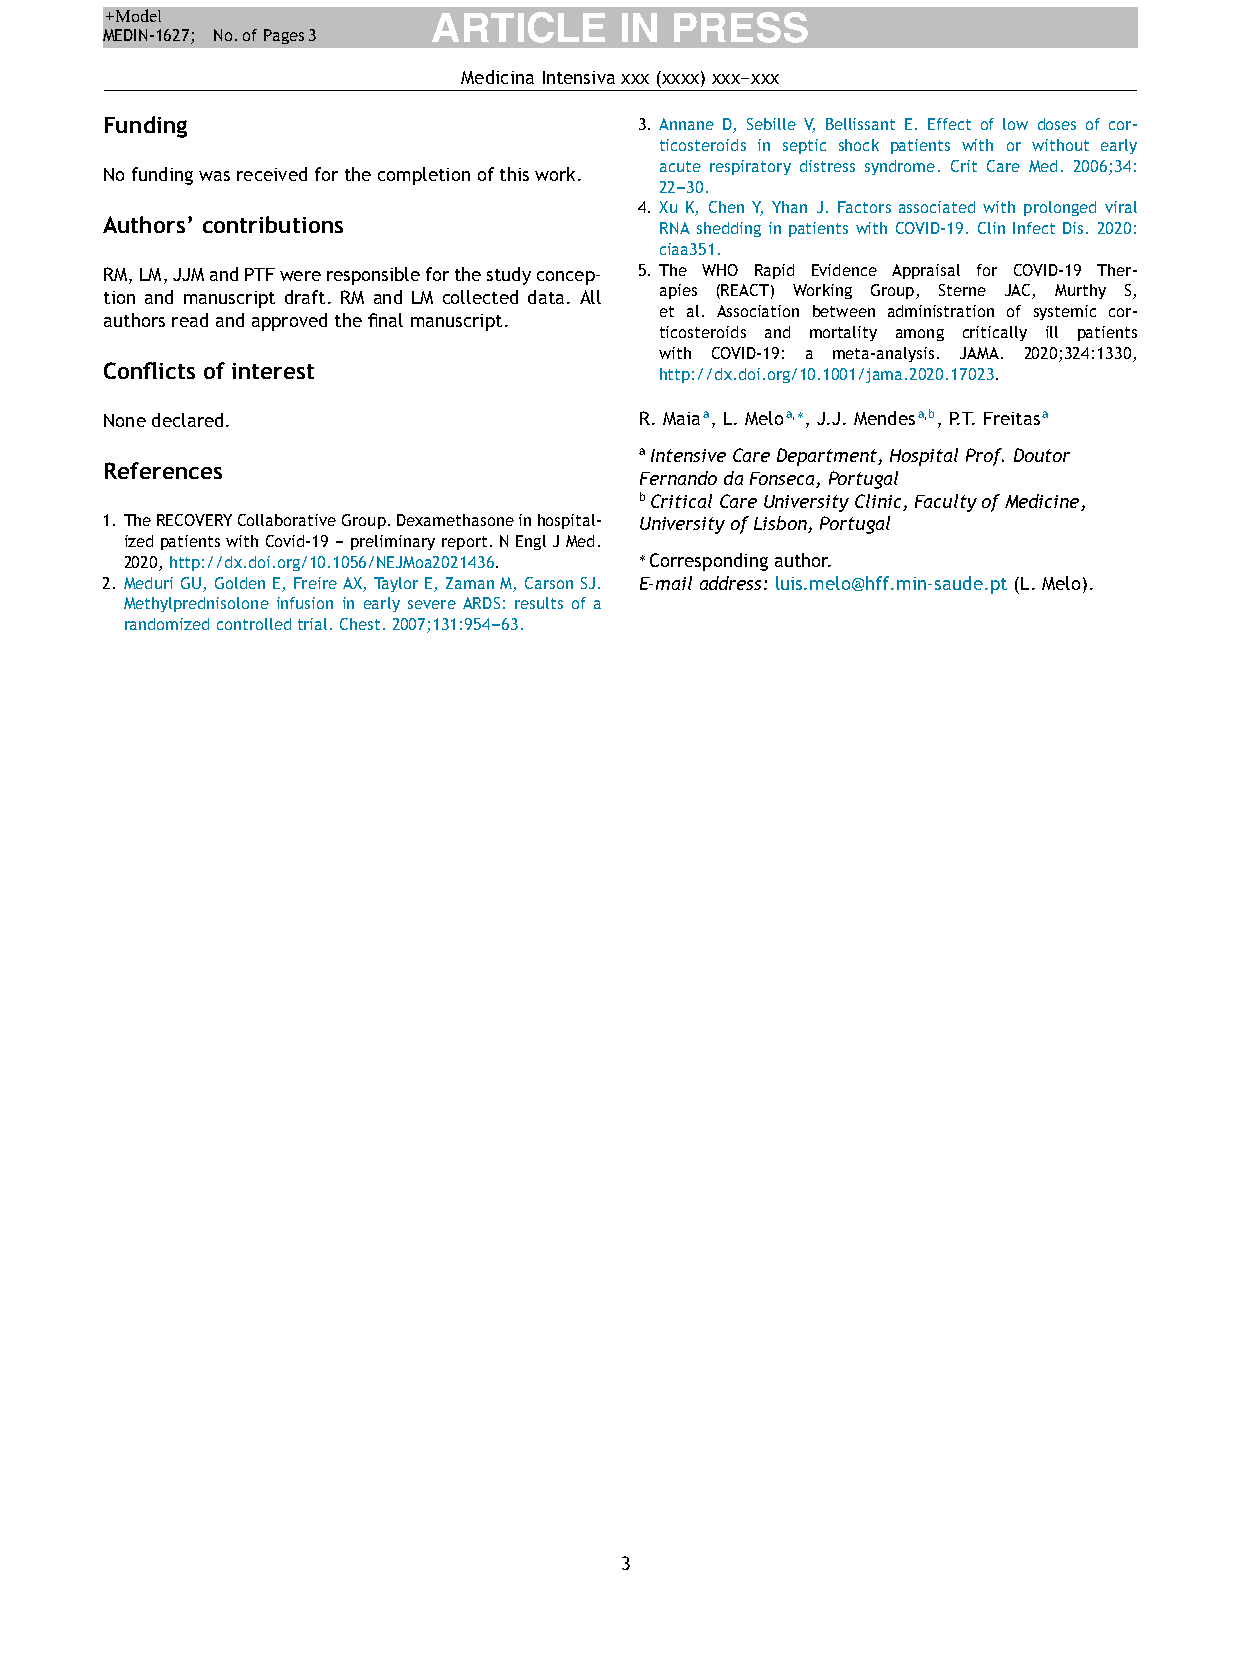
+Model                ARTICLE     IN  PRESS
 MEDIN-1627; No.of Pages3
 MedicinaIntensivaxxx(xxxx)xxx---xxx
 Funding                            3. Annane D, Sebille V, Bellissant E. Effect of low doses of cor-
 ticosteroids in septic shock patients with or without early
 acute respiratory distress syndrome. Crit Care Med. 2006;34:
 Nofundingwasreceivedforthecompletionofthiswork.
 22---30.
 4. Xu K, Chen Y, Yhan J. Factors associated with prolonged viral
 Authors’ contributions               RNA shedding in patients with COVID-19. Clin Infect Dis. 2020:
 ciaa351.
 RM,LM,JJMandPTFwereresponsibleforthestudyconcep- 5. The WHO Rapid Evidence Appraisal for COVID-19 Ther-
 tion and manuscript draft. RM and LM collected data. All apies (REACT) Working Group, Sterne JAC, Murthy S,
 et al. Association between administration of systemic cor-
 authorsreadandapprovedthefinalmanuscript.
 ticosteroids and mortality among critically ill patients
 with COVID-19: a meta-analysis. JAMA. 2020;324:1330,
 Conflicts of interest                http://dx.doi.org/10.1001/jama.2020.17023.
 Nonedeclared.
 R.Maiaa,L.Meloa,∗,J.J.Mendesa,b,P.T.Freitasa
 aIntensiveCareDepartment,HospitalProf.Doutor
 References
 FernandodaFonseca,Portugal
 bCriticalCareUniversityClinic,FacultyofMedicine,
 1. TheRECOVERYCollaborativeGroup.Dexamethasoneinhospital- UniversityofLisbon,Portugal
 izedpatientswithCovid-19---preliminaryreport.NEnglJMed.
 2020,http://dx.doi.org/10.1056/NEJMoa2021436.
 ∗Correspondingauthor.
 2. MeduriGU,GoldenE,FreireAX,TaylorE,ZamanM,CarsonSJ. E-mailaddress:luis.melo@hff.min-saude.pt(L.Melo).
 Methylprednisolone infusion in early severe ARDS: results of a
 randomizedcontrolledtrial.Chest.2007;131:954---63.
 3